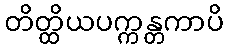
တိတ္ထိယပက္ကန္တကာပိ